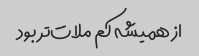
از همیشه کم ملات‌تر بود